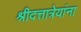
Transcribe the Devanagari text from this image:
श्रीदत्तात्रेयांना